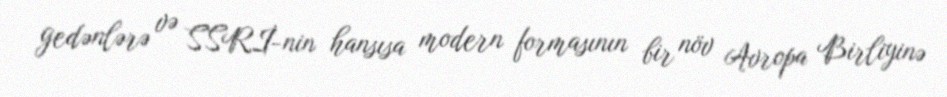
gedənlərə və SSRİ-nin hansısa modern formasının bir növ Avropa Birliyinə